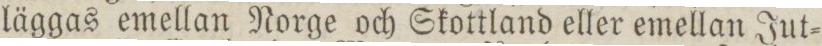
läggas emellan Norge och Skottland eller emellan Jut=